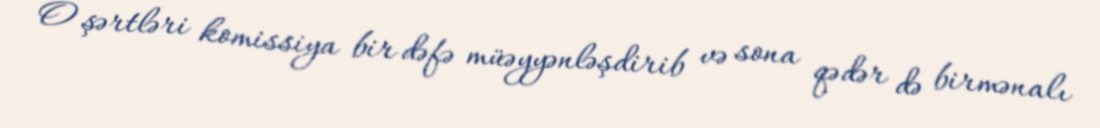
O şərtləri komissiya bir dəfə müəyyənləşdirib və sona qədər də birmənalı